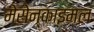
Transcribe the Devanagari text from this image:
मेसेन्काइमल